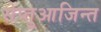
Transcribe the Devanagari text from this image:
सेप्तुआजिन्त